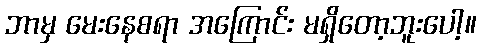
ဘာမှ မေးနေစရာ အကြောင်း မရှိတော့ဘူးပေါ့။